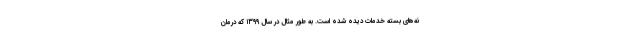
نه‌های بسته خدمات دیده شده است. به طور مثال در سال ۱۳۹۹ که درمان